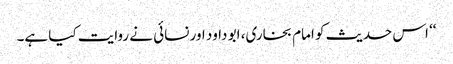
‘‘ اس حدیث کو امام بخاری، ابو داود اور نسائی نے روایت کیا ہے۔